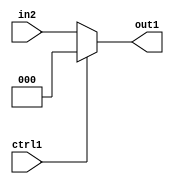
`timescale 1ps / 1ps
/*****************************************************************************
    Verilog RTL Description
    
    
    Created by: Stratus DpOpt 21.05.01 
*******************************************************************************/

module dut_N_Mux_3_2_47_1 (
	in2,
	ctrl1,
	out1
	); /* architecture "behavioural" */ 
input [2:0] in2;
input  ctrl1;
output [2:0] out1;
wire [2:0] asc001;

reg [2:0] asc001_tmp_0;
assign asc001 = asc001_tmp_0;
always @ (ctrl1 or in2) begin
	case (ctrl1)
		1'B1 : asc001_tmp_0 = 3'B000 ;
		default : asc001_tmp_0 = in2 ;
	endcase
end

assign out1 = asc001;
endmodule

/* CADENCE  uLL2Qg0= : u9/ySxbfrwZIxEzHVQQV8Q== ** DO NOT EDIT THIS LINE ******/